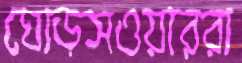
ঘোড়সওয়াররা